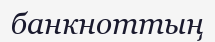
банкноттың